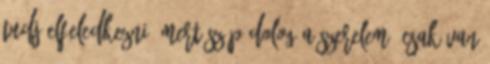
tudj elfeledkezni. Mert szép dolog a szerelem, csak van